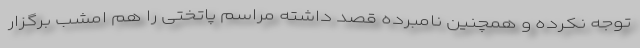
توجه نکرده و همچنین نامبرده قصد داشته مراسم پاتختی را هم امشب برگزار